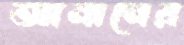
আনানের